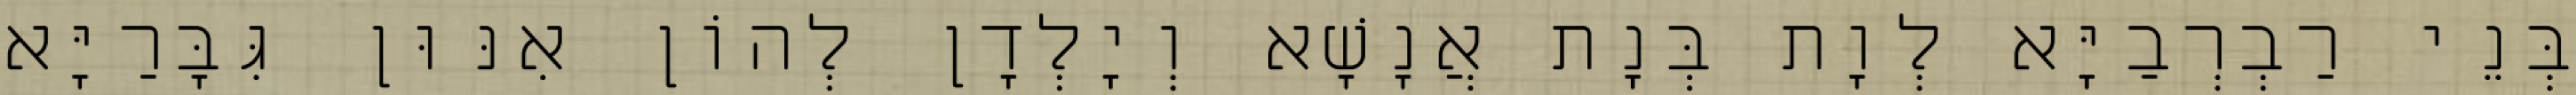
בְּנֵי רַבְרְבַיָּא לְוָת בְּנָת אֲנָשָׁא וְיָלְדָן לְהוֹן אִנּוּן גִּבָּרַיָּא